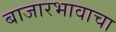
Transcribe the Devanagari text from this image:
बाजारभावाचा